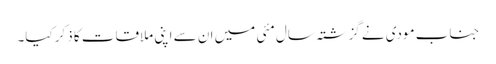
جناب مودی نے گزشتہ سال مئی میں ان سے اپنی ملاقات کا ذکر کیا۔